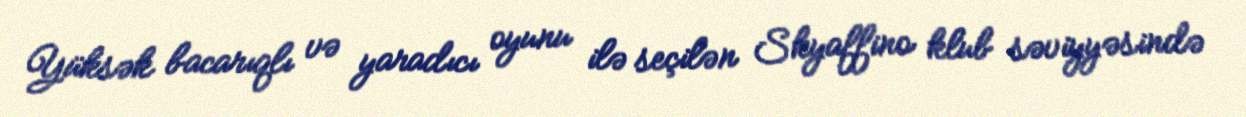
Yüksək bacarıqlı və yaradıcı oyunu ilə seçilən Skyaffino klub səviyyəsində